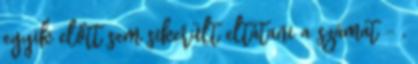
egyik előtt sem sikerült eltátani a számat - ,